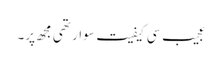
عجیب سی کیفیت سوار تھی مجھ پر۔